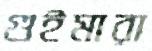
গুইমারা